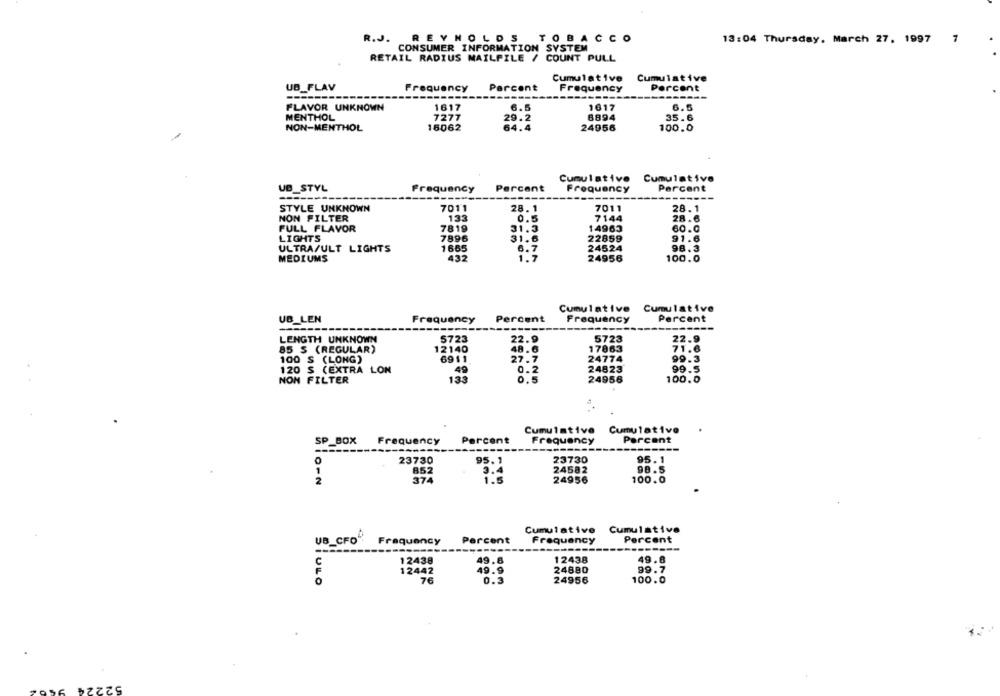
R.J. REYNOLDS TOBACCO
13:04 Thursday, March 27, 1997 7
CONSUMER INFORMATION SYSTEM
RETAIL RADIUS MAILPILE / COUNT PULL
Cumulative
Cumulative
UB_FLAV
equency
Percent
Frequency
Percent
FLAVOR UNKNOWN
1617
6.5
1617
6.5
MENTHOL
7277
6894
35.6
29.2
NON-MENTHOL
16062
64.4
24956
100.0
Cumulative
Cumulative
UB STYL
Frequency
Percent
Frequency
Percent
-------
------
--------
STYLE UNKNOWN
7011
28.1
7011
28.1
NON FILTER
133
0.5
7144
28.6
FULL FLAVOR
7819
31.3
14963
60.0
22859
LIGHTS
7896
31.6
91.6
ULTRA/ULT LIGHTS
1665
6.7
24524
98.3
MEDIUMS
432
1.7
100.0
24956
Cumulative Cumulative
UB LEN
Frequency
Percent
Frequency
Percent
LENGTH UNKNOWN
5723
22.9
5723
22.9
85 S (REGULAR)
12140
48.6
17863
71.6
100 $ (LONG)
6911
27.7
24774
99.3
120 $ (EXTRA LON
49
0.2
24823
99.5
NON FILTER
133
0.5
24956
100.0
Cumulative
Cumulative
Percent
Percent
SP_BOX
Frequency
Frequency
----
23730
95. 1
23730
95.1
1
852
3.4
24582
98.5
2
374
1.5
24956
100.0
Cumulative Cumulative
UB_CFO
Frequency
Percent
Frequency
Percent
-------
C
12438
49.8
12438
49.8
12442
49.9
24880
99.7
SIULO
76
0.3
24956
100.0